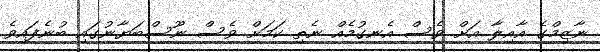
ނާޒިމްގެ އާއިލާ އަށް ވެސް އެނގުމެއް ނެތި ކަމަށް ވެސް ނޫސްބަޔާނުގައި ބުނެފައިވެ